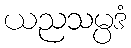
ယညသမ္ပဒံ